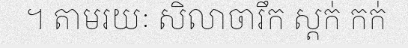
។ តាមរយៈ សិលាចារឹក ស្តក់ កក់